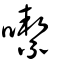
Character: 噄